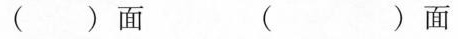
( )面 ( )面